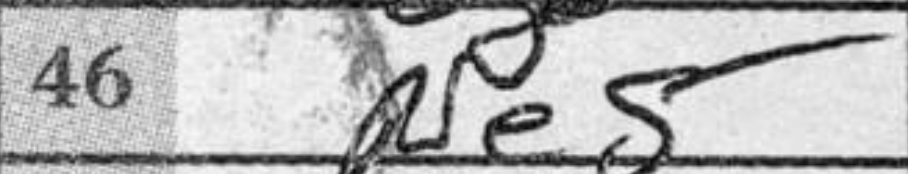
Transcription: Ne5